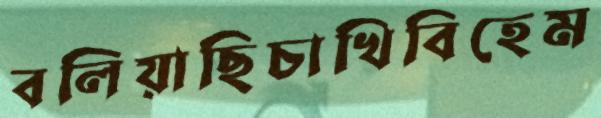
বলিয়াছিচাখিবিহেম